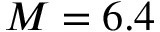
M = 6 . 4